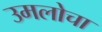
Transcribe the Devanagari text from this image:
उमलोचा